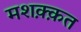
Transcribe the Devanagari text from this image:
मशक़्क़त